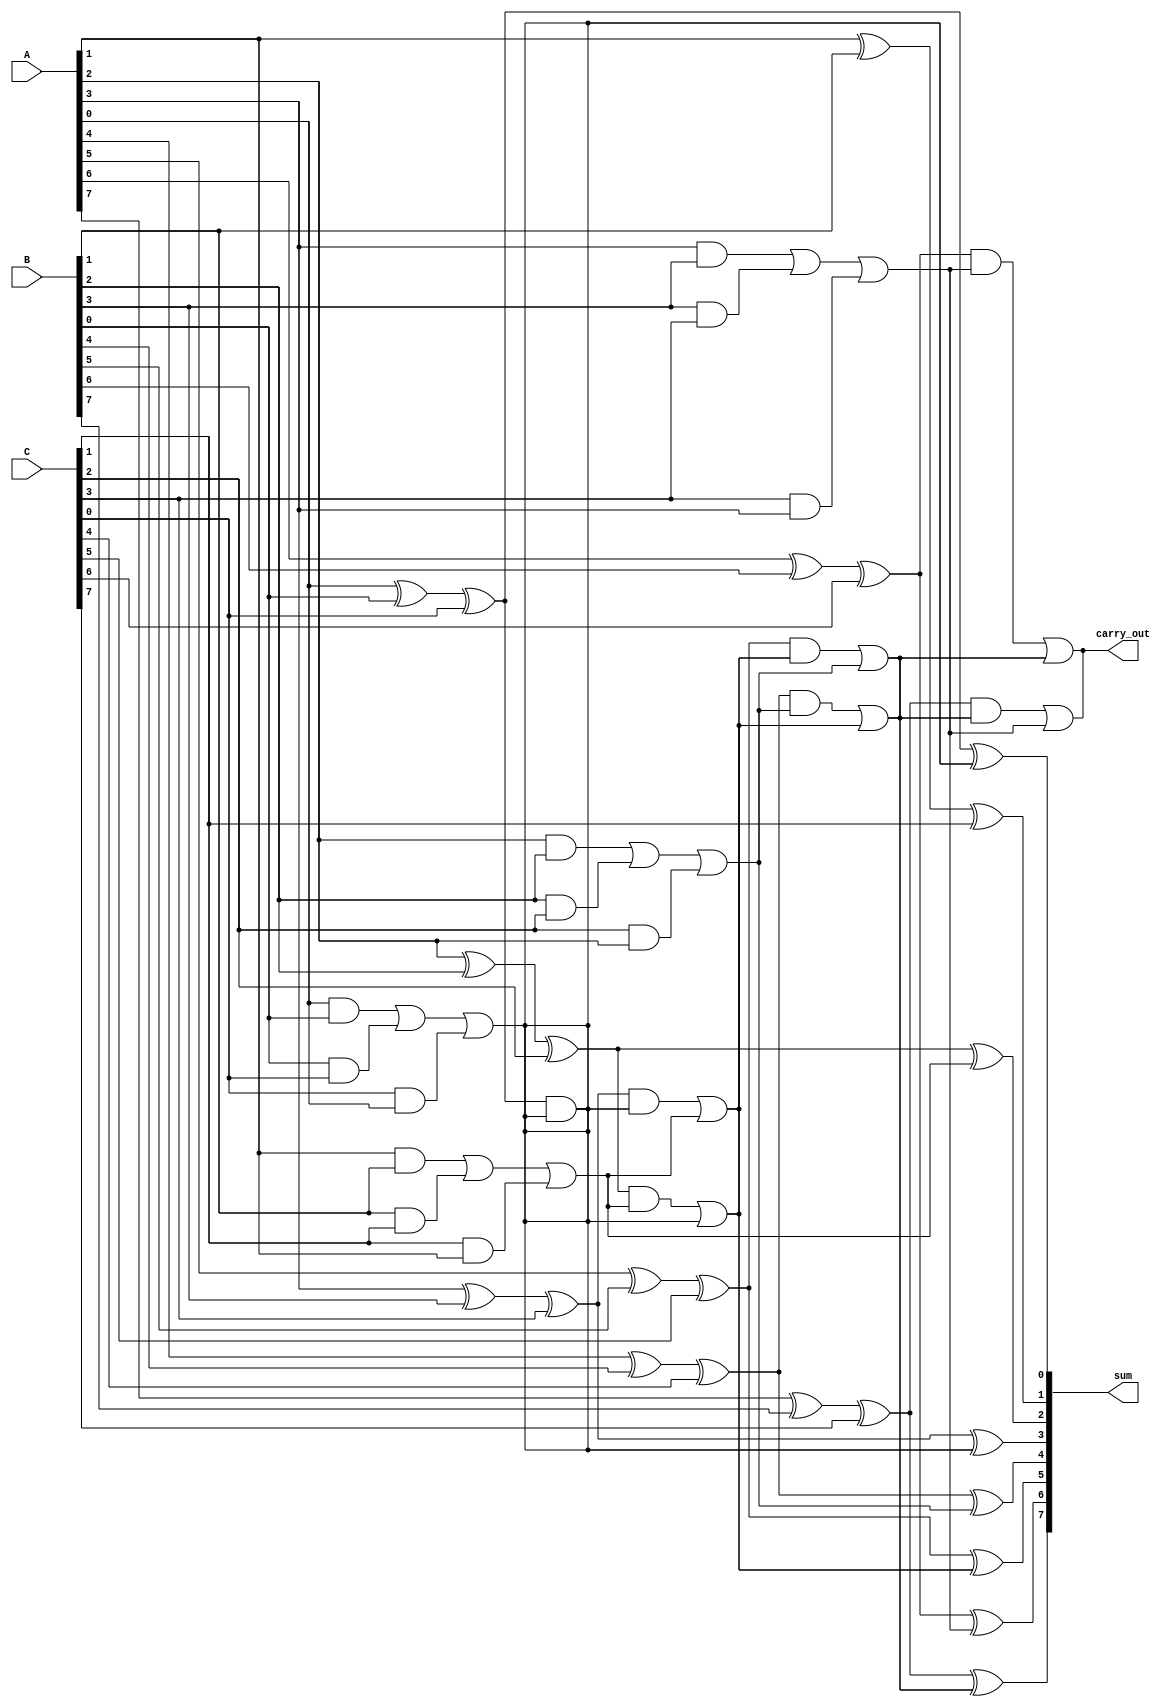
module carry_save_adder #(
    parameter N = 8 // Width of the inputs
) (
    input [N-1:0] A,
    input [N-1:0] B,
    input [N-1:0] C,
    output [N-1:0] sum,
    output carry_out
);

    // Internal signals for partial sums and carries
    wire [N-1:0] partial_sum;
    wire [N-1:0] carry;

    // First stage: Calculate partial sums and carries
    genvar i;
    generate
        for (i = 0; i < N; i = i + 1) begin: CSA_stage
            assign partial_sum[i] = A[i] ^ B[i] ^ C[i]; // Partial Sum
            assign carry[i] = (A[i] & B[i]) | (B[i] & C[i]) | (C[i] & A[i]); // Carry
        end
    endgenerate

    // Stage 2: Reduction tree using Full Adders
    wire [N:0] temp_carry; // Extra bit for carry propagation
    wire [N-1:0] reduced_sum;
    
    // Initial carry_in is zero for the first reduction stage
    assign temp_carry[0] = 1'b0;

    // Full Adders to combine partial sums and carries
    generate
        for (i = 0; i < N; i = i + 1) begin: Reduction_tree
            if (i % 2 == 0) begin
                assign reduced_sum[i] = partial_sum[i] ^ carry[i/2];
                assign temp_carry[i/2 + 1] = (partial_sum[i] & carry[i/2]) | temp_carry[i/2];
            end else begin
                assign reduced_sum[i] = partial_sum[i] ^ temp_carry[i/2];
                assign temp_carry[i/2 + 1] = (partial_sum[i] & temp_carry[i/2]) | carry[i/2];
            end
        end
    endgenerate

    // Final output sum and carry
    assign sum = reduced_sum;
    assign carry_out = temp_carry[N/2];

endmodule